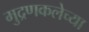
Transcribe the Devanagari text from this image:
मुद्रणकलेच्या